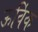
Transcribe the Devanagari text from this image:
ऊर्विक